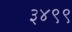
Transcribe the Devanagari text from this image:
३४९९